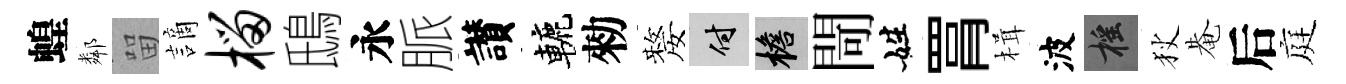
蝗鄰㽞謫榴鴟永脈讃轆勑嫠付檐閜姓罥楫波摇狄𤲅后庭